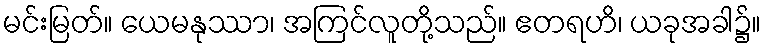
မင်းမြတ်။ ယေမနုဿာ၊ အကြင်လူတို့သည်။ ဧတရဟိ၊ ယခုအခါ၌။